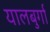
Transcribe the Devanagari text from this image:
यालबुर्गा